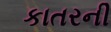
કાતરની